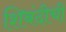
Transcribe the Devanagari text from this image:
शिबंदीची